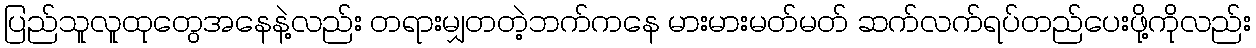
ပြည်သူလူထုတွေအနေနဲ့လည်း တရားမျှတတဲ့ဘက်ကနေ မားမားမတ်မတ် ဆက်လက်ရပ်တည်ပေးဖို့ကိုလည်း